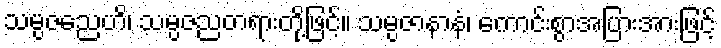
သမ္ပဇညေဟိ၊ သမ္ပဇညတရားတို့ဖြင့်။ သမ္ပဇာနာနံ၊ ကောင်းစွာအပြားအားဖြင့်